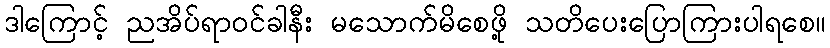
ဒါကြောင့် ညအိပ်ရာဝင်ခါနီး မသောက်မိစေဖို့ သတိပေးပြောကြားပါရစေ။